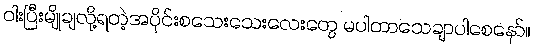
ဝါးပြီးမျိုချလို့ရတဲ့အပိုင်းစသေးသေးလေးတွေ မပါတာသေချာပါစေနော်။